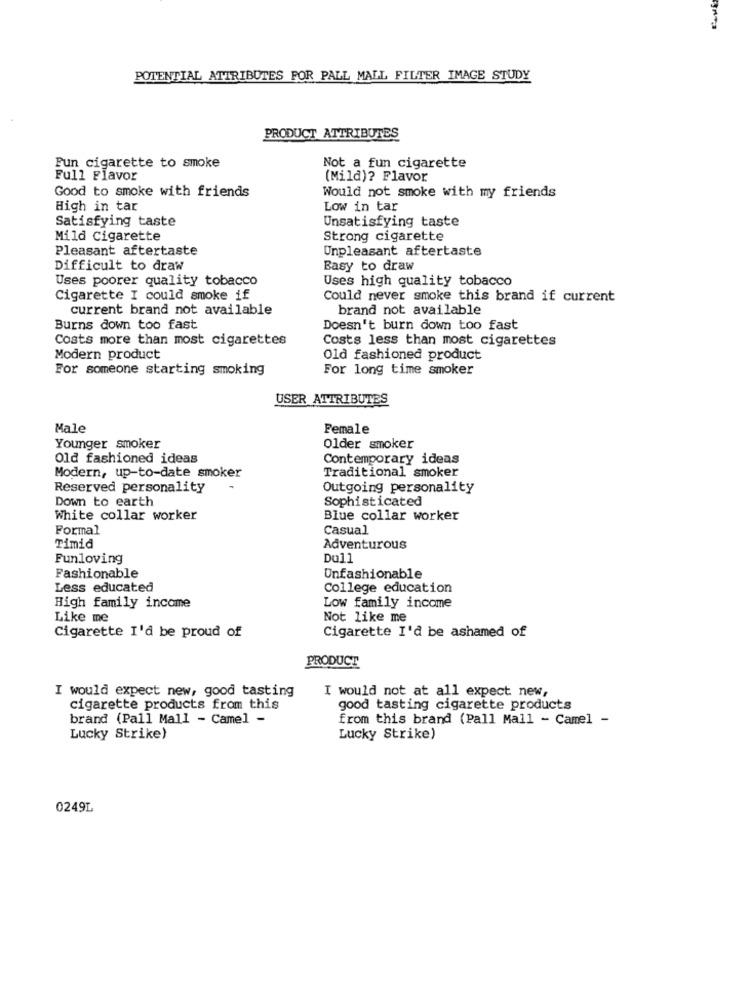
POTENTIAL ATTRIBUTES FOR PALL MALL FILTER IMAGE STUDY
PRODUCT ATTRIBUTES
Pun cigarette to smoke
Not a fun cigarette
Full Flavor
(Mild)? Flavor
Good to smoke with friends
Would not smoke with my friends
High in tar
Low in tar
Satisfying taste
Unsatisfying taste
Mild Cigarette
Strong cigarette
Pleasant aftertaste
Unpleasant aftertaste
Difficult to draw
Basy to draw
Uses poorer quality tobacco
Uses high quality tobacco
Cigarette I could smoke if
Could never smoke this brand if current
current brand not available
brand not available
Burns down too fast
Doesn't burn down too fast
Costs more than most cigarettes
Costs less than most cigarettes
Modern product
Old fashioned product
For someone starting smoking
For long time smoker
USER ATTRIBUTES
Male
Female
Younger smoker
Older smoker
Old fashioned ideas
Contemporary ideas
Modern, up-to-date smoker
Traditional smoker
Reserved personality
Outgoing personality
Down to earth
Sophisticated
White collar worker
Blue collar worker
Formal
Casual
Timid
Adventurous
Funloving
Dull
Fashionable
Unfashionable
Less educated
College education
High family income
Low family income
Like me
Not like me
Cigarette I'd be proud of
Cigarette I'd be ashamed of
PRODUCT
I would expect new, good tasting
I would not at all expect new,
cigarette products from this
good tasting cigarette products
brand (Pall Mall - Came] -
from this brand (Pall Mall - Camel -
Lucky Strike)
Lucky Strike)
0249L